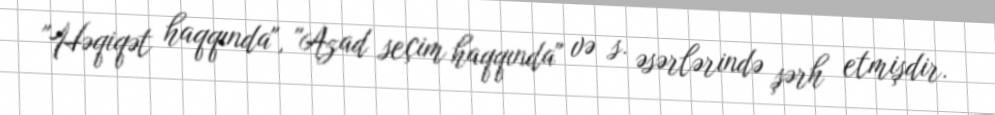
"Həqiqət haqqında", "Azad seçim haqqında" və s. əsərlərində şərh etmişdir.